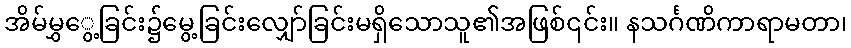
အိမ်မွှွေ့ခြင်း၌မွေ့ခြင်းလျှော်ခြင်းမရှိသောသူ၏အဖြစ်၎င်း။ နသင်္ဂဏိကာရာမတာ၊